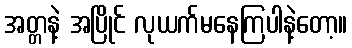
အတ္တနဲ့ အပြိုင် လုယက်မနေကြပါနဲ့တော့။